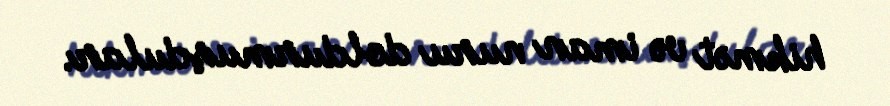
hikmət və iman nuru doldurmuşdular.